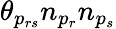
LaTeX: \theta_{p_{rs}}n_{p_{r}}n_{p_{s}}